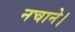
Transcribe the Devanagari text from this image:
नचाने।